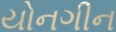
યોનગીન